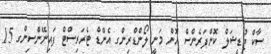
ސާކް ޖުޑީޝަލް ކޮންފަރެންސް އޮން މަނީ ލޯންޑްރިންގ އެންޑް ޓެރަރިސްޓް ފައިނޭންސިންގ 15